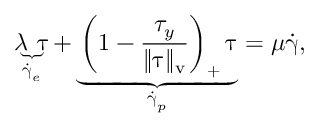
\underbrace { \lambda ~ \overset { \triangledown } { \boldsymbol { \uptau } } } _ { \dot { \boldsymbol { \upgamma } } _ { e } } + \underbrace { \left( 1 - \frac { \tau _ { y } } { \Vert \boldsymbol { \uptau } \Vert _ { \mathrm { v } } } \right) _ { + } \boldsymbol { \uptau } } _ { \dot { \boldsymbol { \upgamma } } _ { p } } = \mu \dot { \boldsymbol { \upgamma } } ,